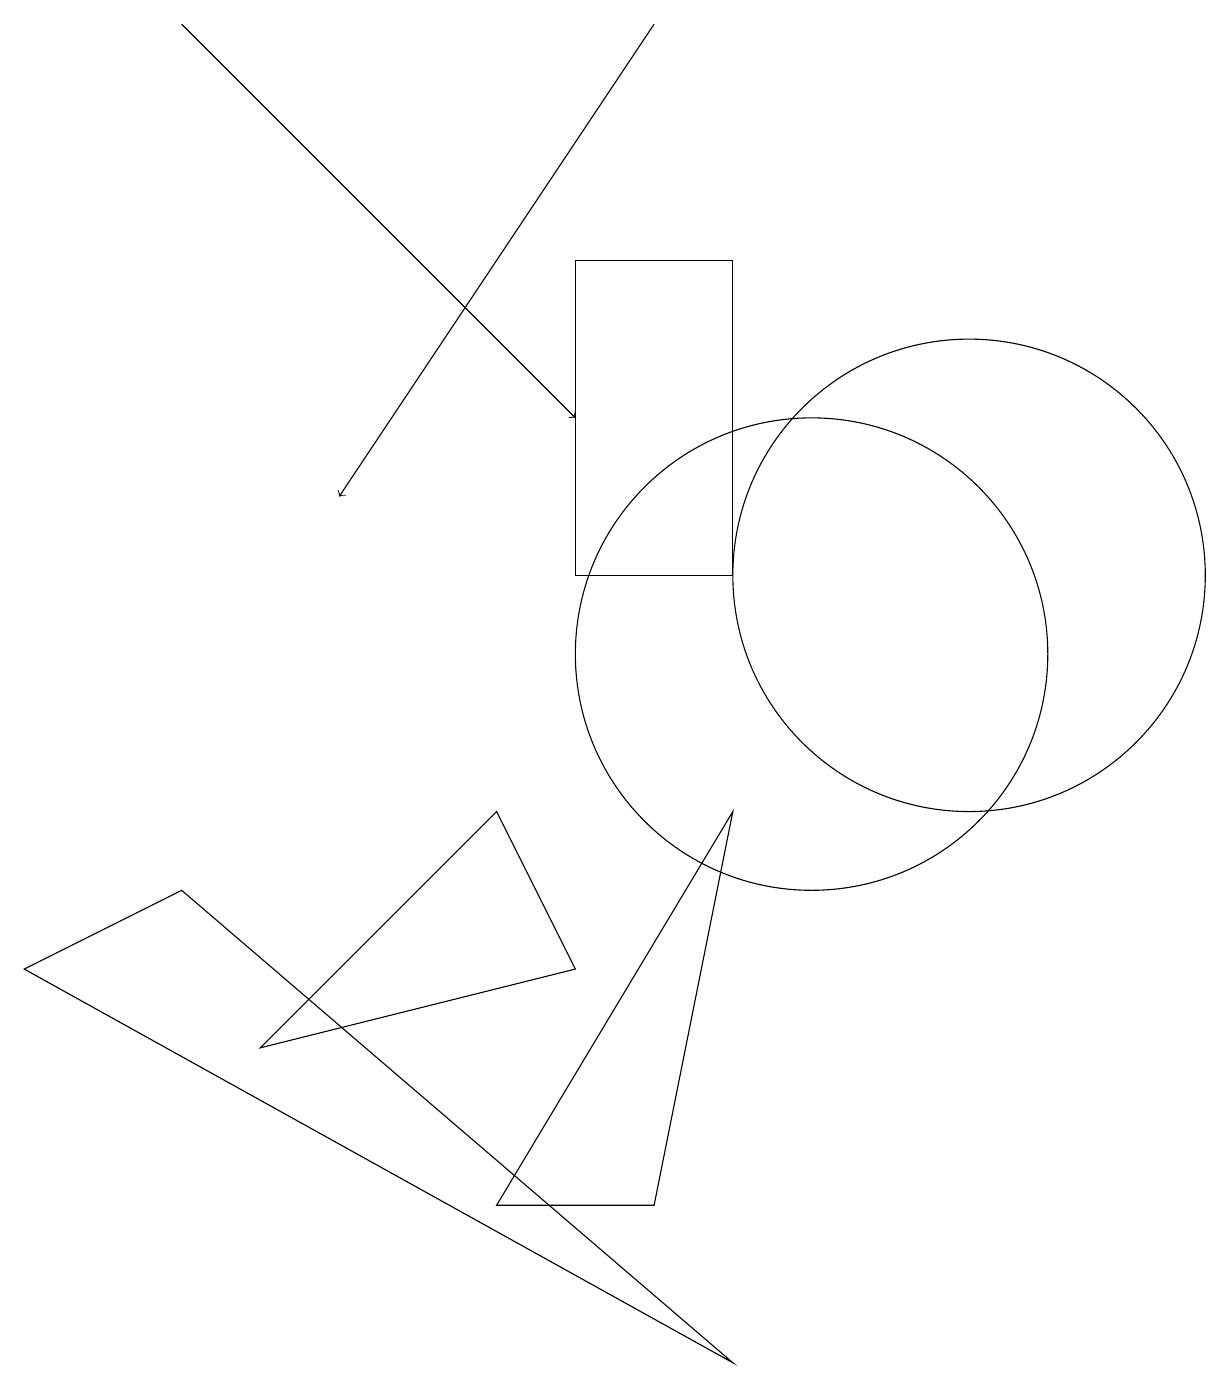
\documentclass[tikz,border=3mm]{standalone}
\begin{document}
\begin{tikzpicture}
\draw (10,10) circle (3);
\draw (3,5) -- (6,8) -- (7,6) -- cycle;
\draw[->] (2,18) -- (7,13);
\draw[->] (8,18) -- (4,12);
\draw (9,15) rectangle (7,11);
\draw (6,3) -- (9,8) -- (8,3) -- cycle;
\draw (12,11) circle (3);
\draw (0,6) -- (2,7) -- (9,1) -- cycle;
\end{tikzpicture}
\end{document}